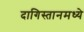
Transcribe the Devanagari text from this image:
दागिस्तानमध्ये